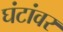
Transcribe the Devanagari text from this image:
घंटांवर